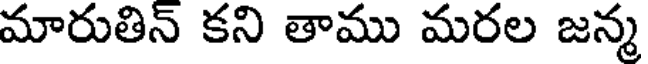
మారుతిన్ కని తాము మరల జన్మ